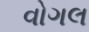
વોગલ